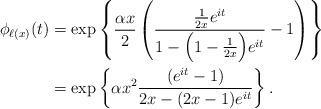
LaTeX: \begin{align*}\phi_{\ell(x)}(t)&=\exp\left\{\frac{\alpha x}{2}\left(\frac{\frac{1}{2x}e^{it}}{1-\Big(1-\frac{1}{2x}\Big)e^{it}}-1\right)\right\}\\ &=\exp\left\{{\alpha x^2}\frac{(e^{it}-1)}{2x-(2x-1)e^{it}}\right\}. \end{align*}